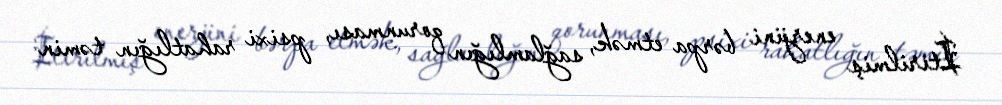
İtirilmiş enerjini bərpa etmək, sağlamlığın qorunması, psixi rahatlığın təmin